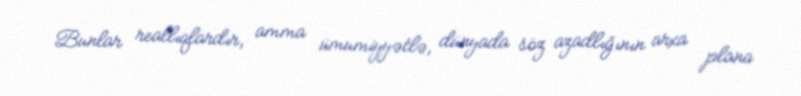
Bunlar reallıqlardır, amma ümumiyyətlə, dünyada söz azadlığının arxa plana